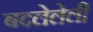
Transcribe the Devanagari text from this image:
बदलेलेली